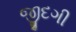
જીદગી